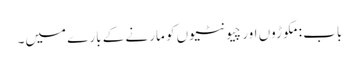
باب : مکوڑوں اور چیونٹیوں کو مارنے کے بارے میں۔